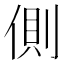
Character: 側